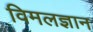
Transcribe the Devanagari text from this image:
विमलज्ञान